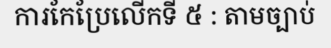
ការកែប្រែលើកទី ៥ : តាមច្បាប់